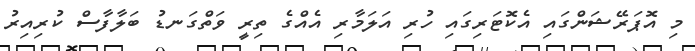
މި އޮޕަރޭޝަންގައި އެކޮޓަރިގައި ހުރި އަލަމާރި އެއްގެ ތިރީ ވަތްގަނޑު ބަލާފާސް ކުރިއިރު